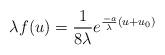
LaTeX: \begin{align*}\lambda f(u)=\frac 1 {8\lambda} e^{\frac {-a} {\lambda}(u+u_0)} \end{align*}